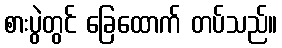
စားပွဲတွင် ခြေထောက် တပ်သည်။